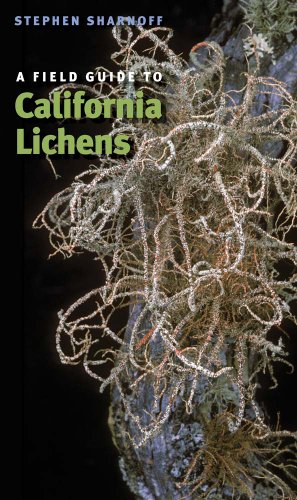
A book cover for A Field Guide to California Lichens; Stephen Sharnoff; Science & Math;